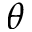
\theta